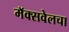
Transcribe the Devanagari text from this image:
मॅक्सवेलचा